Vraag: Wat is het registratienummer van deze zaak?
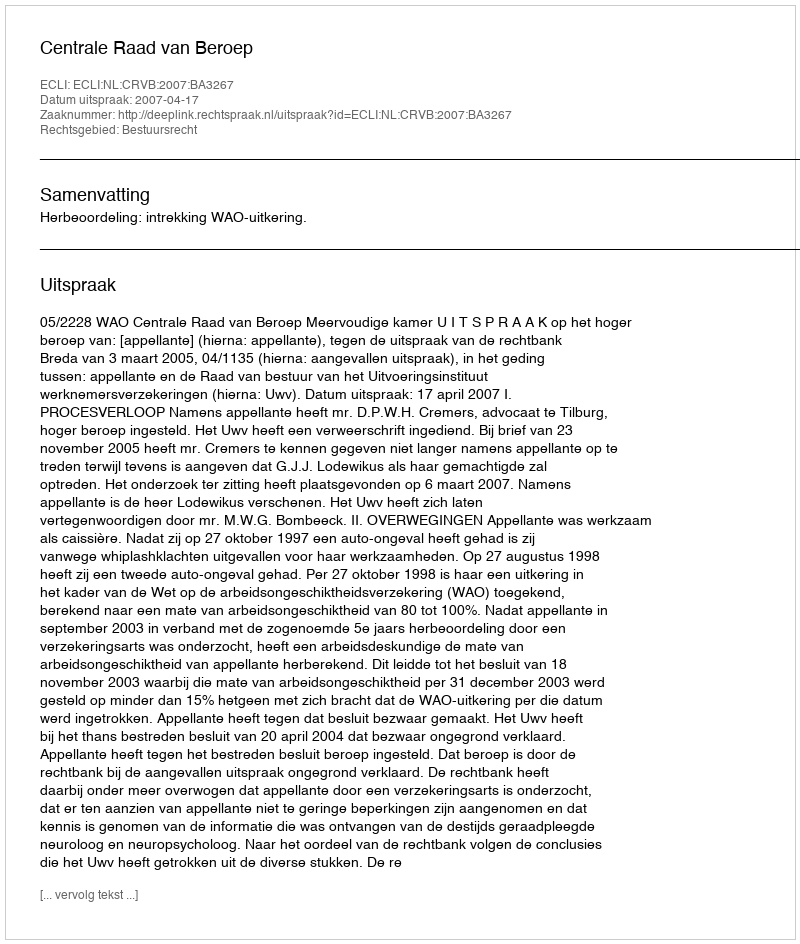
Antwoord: http://deeplink.rechtspraak.nl/uitspraak?id=ECLI:NL:CRVB:2007:BA3267